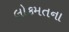
લોકમતના